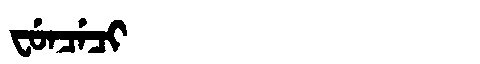
Manchu: ᠸᡠᠨᠴᡝᠴᡳ
Romanization: FUNCECI